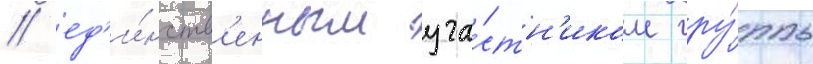
/ ед'и́нств'енным уча́стн'иком гру́ппы